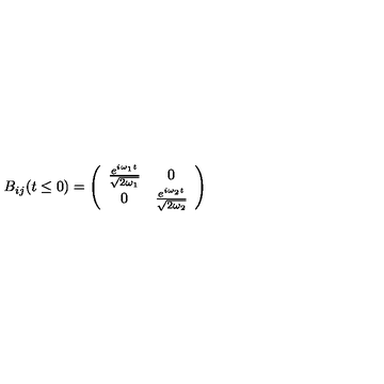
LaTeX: B _ { i j } ( t \leq 0 ) = \left( \begin{array} { c c } { \frac { e ^ { i \omega _ { 1 } t } } { \sqrt { 2 \omega _ { 1 } } } } & { 0 } \\ { 0 } & { \frac { e ^ { i \omega _ { 2 } t } } { \sqrt { 2 \omega _ { 2 } } } } \\ \end{array} \right)